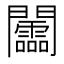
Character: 𨷰